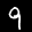
Label: 9